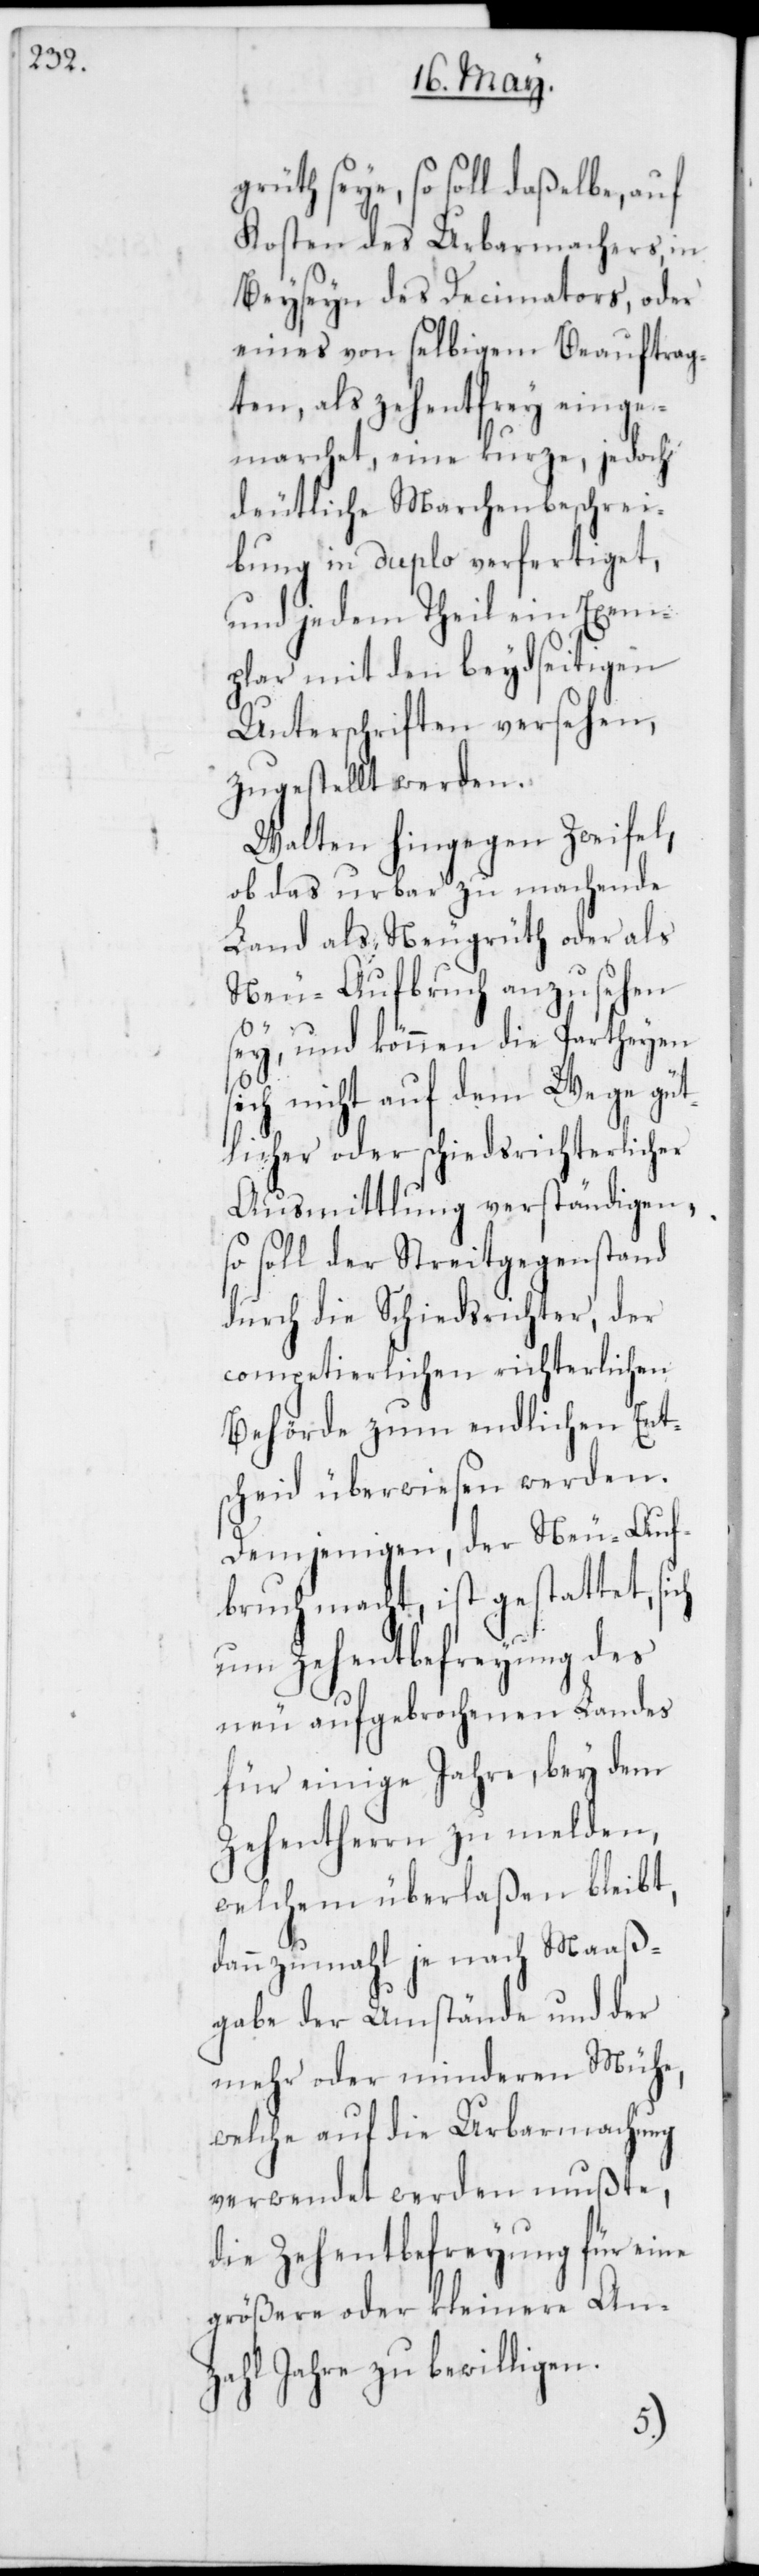
grüth seye, so soll daßelbe, auf
Kosten des Urbarmachers, in
Beyseyn des Decimators, oder
eines von selbigem Beauftrag¬
ten, als zehentfrey einge¬
marchet, eine kurze, jedoch
deutliche Marchenbeschrei¬
bung in duplo verfertiget,
und jedem Theil ein Exem¬
plar mit den beydseitigen
Unterschriften versehen,
zugestellt werden.
Walten hingegen Zweifel,
ob das urbar zu machende
Land als Neugrüth oder als
Neu-Aufbruch anzusehen
sey, und können die Partheyen
sich nicht auf dem Wege güt¬
licher oder schiedsrichterlicher
Ausmittlung verständigen,
so soll der Streitgegenstand
durch die Schiedsrichter, der
competierlichen richterlichen
Behörde zum endlichen Ent¬
scheid überwiesen werden.
Demjenigen, der Neu-Auf¬
bruch macht, ist gestattet, si¬
um Zehentbefreyung des
neu aufgebrochenen Landes
für einige Jahre, bey dem
Zehentherrn zu melden,
welchem überlaßen bleibt,
dannzumahl je nach Maaß¬
gabe der Umstände und der
mehr oder minderen Mühe,
welche auf die Urbarmachung
verwendet werden mußte,
die Zehentbefreyung für eine
größere oder kleinere An¬
zahl Jahre zu bewilligen.
ch